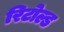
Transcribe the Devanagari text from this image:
रिटोल्ड